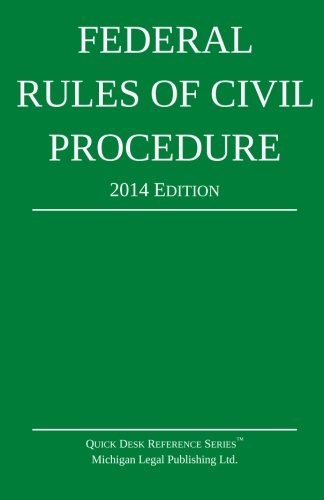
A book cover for Federal Rules of Civil Procedure: Quick Desk Reference Series; 2014 Edition; Michigan Legal Publishing Ltd.; Law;